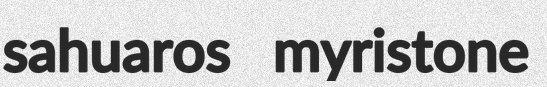
sahuaros myristone